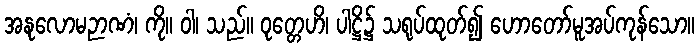
အနုလောမဉာဏံ၊ ကို။ ဝါ၊ သည်။ ဝုတ္တေဟိ၊ ပါဋ္ဌိ၌ သရုပ်ထုတ်၍ ဟောတော်မူအပ်ကုန်သော။